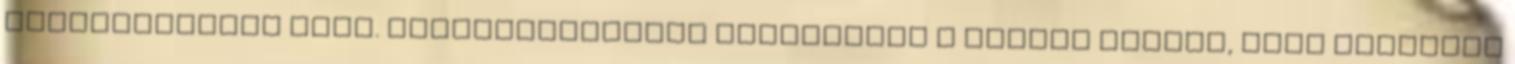
párkapcsolati ágon. Bemutatkozómban olvashatta a kedves olvasó, hogy bizonyos